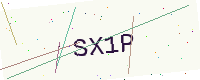
Text: SX1P